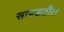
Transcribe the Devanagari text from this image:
सांपडतील